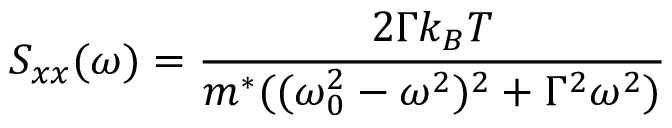
S _ { x x } ( \omega ) = \frac { 2 \Gamma k _ { B } T } { m ^ { * } ( ( \omega _ { 0 } ^ { 2 } - \omega ^ { 2 } ) ^ { 2 } + \Gamma ^ { 2 } \omega ^ { 2 } ) }